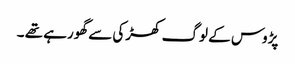
پڑوس کے لوگ کھڑکی سے گھورہے تھے ۔